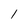
Character: 1